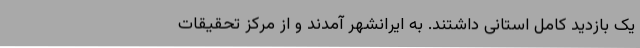
یک بازدید کامل استانی داشتند. به ایرانشهر آمدند و از مرکز تحقیقات